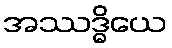
အဿဒ္ဓိယေ